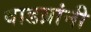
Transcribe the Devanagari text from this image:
वाडय़ांनी